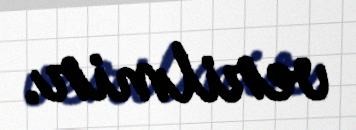
verilmir.